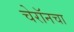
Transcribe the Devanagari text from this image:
चेरॉनचा